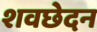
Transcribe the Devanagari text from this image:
शवछेदन